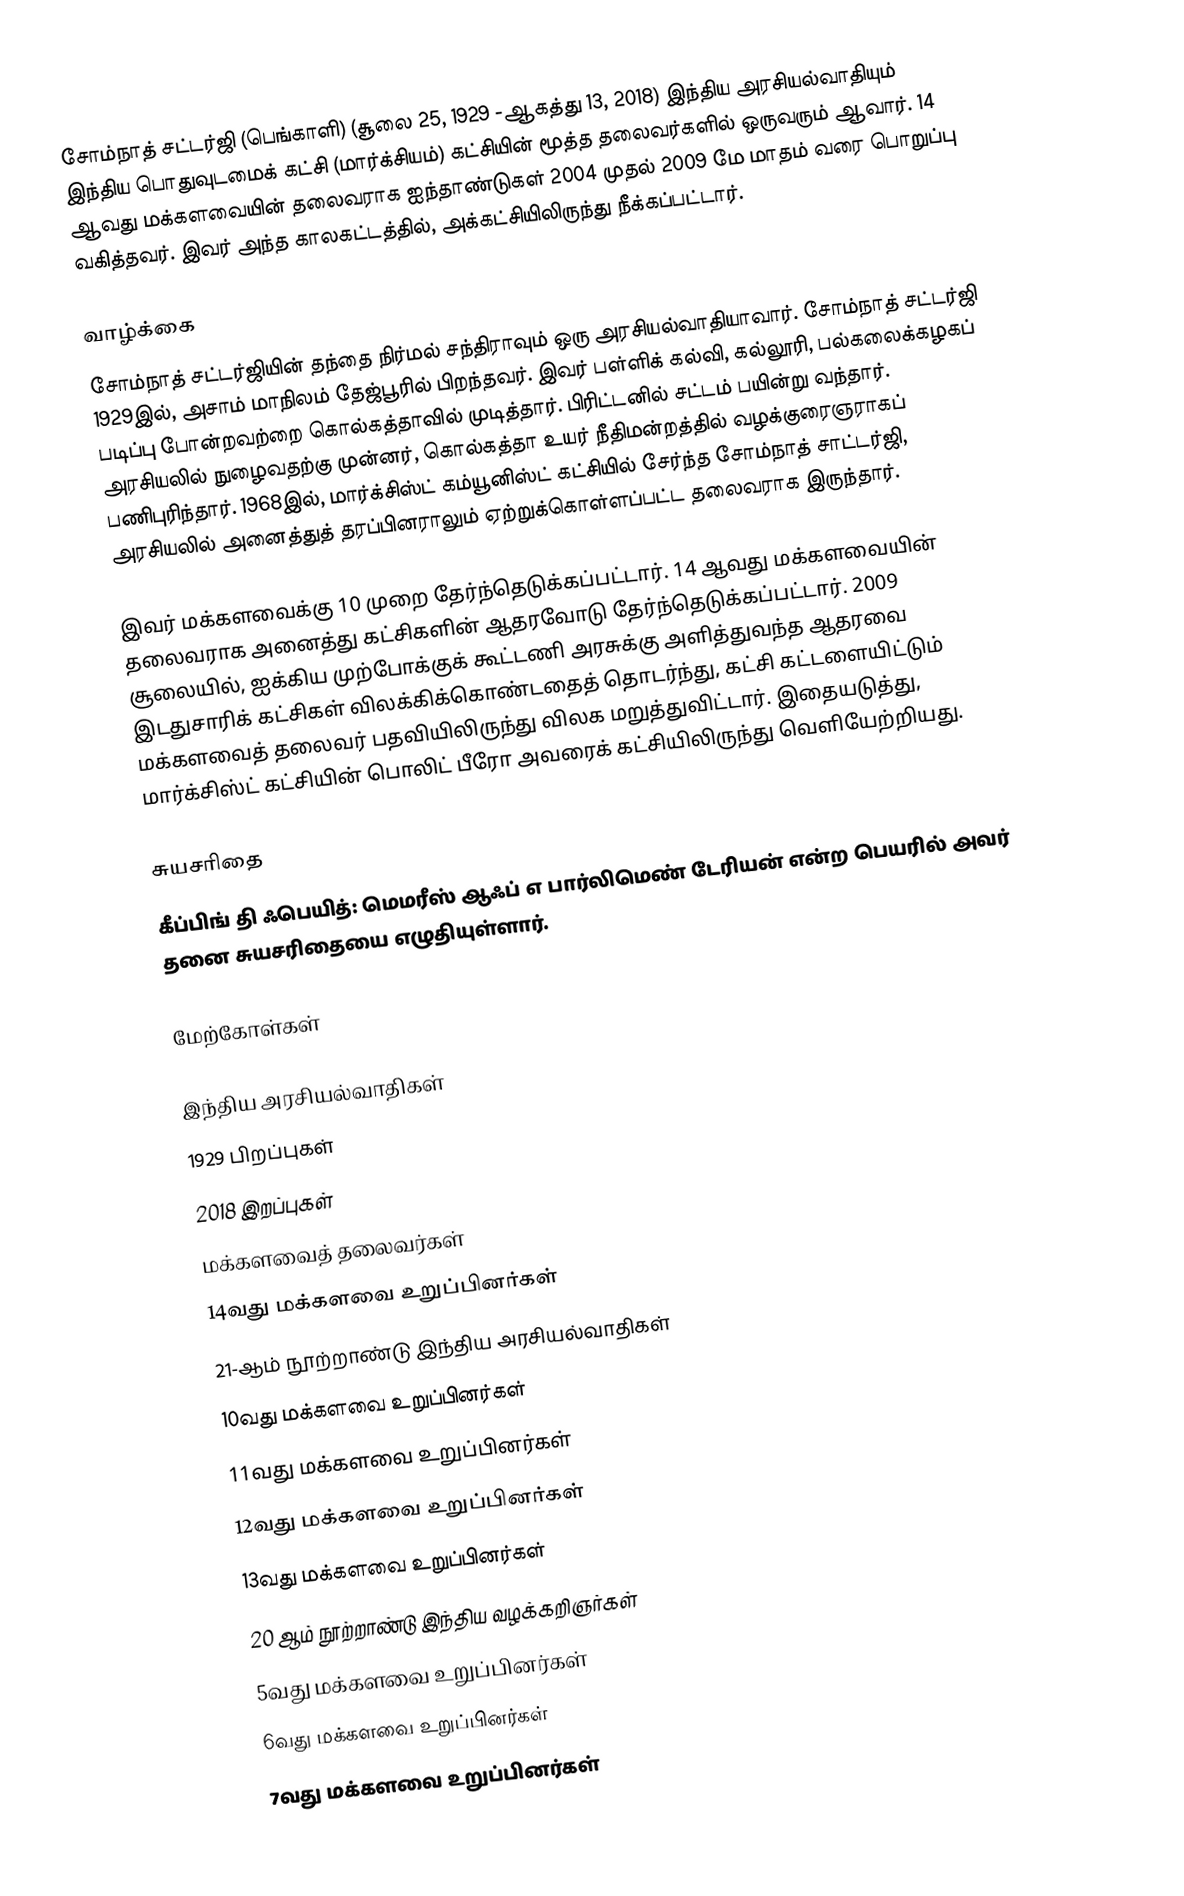
சோம்நாத் சட்டர்ஜி (பெங்காளி) (சூலை 25, 1929 -ஆகத்து 13, 2018) இந்திய அரசியல்வாதியும் இந்திய பொதுவுடமைக் கட்சி (மார்க்சியம்) கட்சியின் மூத்த தலைவர்களில் ஒருவரும் ஆவார். 14 ஆவது மக்களவையின் தலைவராக ஐந்தாண்டுகள் 2004 முதல் 2009 மே மாதம் வரை பொறுப்பு வகித்தவர். இவர் அந்த காலகட்டத்தில், அக்கட்சியிலிருந்து நீக்கப்பட்டார்.

வாழ்க்கை
சோம்நாத் சட்டர்ஜியின் தந்தை நிர்மல் சந்திராவும் ஒரு அரசியல்வாதியாவார். சோம்நாத் சட்டர்ஜி 1929இல், அசாம் மாநிலம் தேஜ்பூரில் பிறந்தவர். இவர் பள்ளிக் கல்வி, கல்லூரி, பல்கலைக்கழகப் படிப்பு போன்றவற்றை கொல்கத்தாவில் முடித்தார். பிரிட்டனில் சட்டம் பயின்று வந்தார். அரசியலில் நுழைவதற்கு முன்னர், கொல்கத்தா உயர் நீதிமன்றத்தில் வழக்குரைஞராகப் பணிபுரிந்தார். 1968இல், மார்க்சிஸ்ட் கம்யூனிஸ்ட் கட்சியில் சேர்ந்த சோம்நாத் சாட்டர்ஜி,  அரசியலில் அனைத்துத் தரப்பினராலும் ஏற்றுக்கொள்ளப்பட்ட தலைவராக இருந்தார்.

இவர் மக்களவைக்கு 10 முறை தேர்ந்தெடுக்கப்பட்டார். 14 ஆவது மக்களவையின் தலைவராக அனைத்து கட்சிகளின் ஆதரவோடு தேர்ந்தெடுக்கப்பட்டார். 2009 சூலையில், ஐக்கிய முற்போக்குக் கூட்டணி அரசுக்கு அளித்துவந்த ஆதரவை இடதுசாரிக் கட்சிகள் விலக்கிக்கொண்டதைத் தொடர்ந்து, கட்சி கட்டளையிட்டும் மக்களவைத் தலைவர் பதவியிலிருந்து விலக மறுத்துவிட்டார். இதையடுத்து, மார்க்சிஸ்ட் கட்சியின் பொலிட் பீரோ அவரைக் கட்சியிலிருந்து வெளியேற்றியது.

சுயசரிதை
கீப்பிங் தி ஃபெயித்: மெமரீஸ் ஆஃப் எ பார்லிமெண் டேரியன் என்ற பெயரில் அவர் தனை சுயசரிதையை எழுதியுள்ளார்.

மேற்கோள்கள்

இந்திய அரசியல்வாதிகள்
1929 பிறப்புகள்
2018 இறப்புகள்
மக்களவைத் தலைவர்கள்
14வது மக்களவை உறுப்பினர்கள்
21-ஆம் நூற்றாண்டு இந்திய அரசியல்வாதிகள்
10வது மக்களவை உறுப்பினர்கள்
11வது மக்களவை உறுப்பினர்கள்
12வது மக்களவை உறுப்பினர்கள்
13வது மக்களவை உறுப்பினர்கள்
20 ஆம் நூற்றாண்டு இந்திய வழக்கறிஞர்கள்
5வது மக்களவை உறுப்பினர்கள்
6வது மக்களவை உறுப்பினர்கள்
7வது மக்களவை உறுப்பினர்கள்